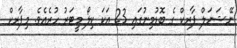
ނޭޝަނަލް ޕާރކް ގެ ބޮޑުމިނުގައި 23 އަކަ ކިލޯ މީޓަރު ހުރެއެވެ. މިޕާރކް